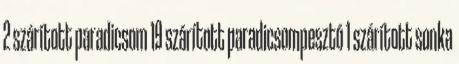
2 szárított paradicsom 19 szárított paradicsompesztó 1 szárított sonka